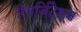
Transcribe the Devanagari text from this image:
रिगर्जिटेशन